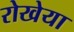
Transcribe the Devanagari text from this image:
रोखेया